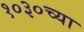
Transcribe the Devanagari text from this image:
१०३०च्या